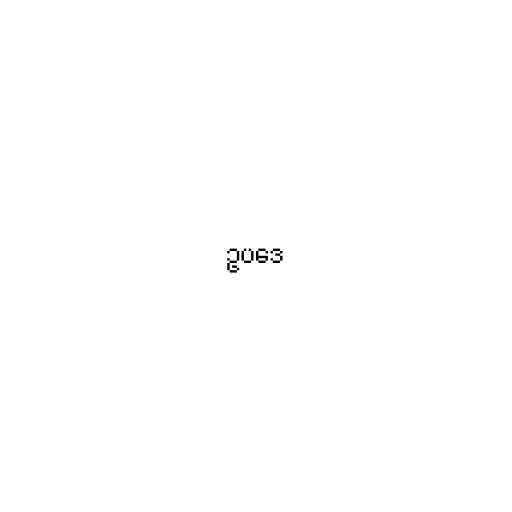
ဥပဒေ